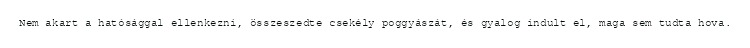
Nem akart a hatósággal ellenkezni, összeszedte csekély poggyászát, és gyalog indult el, maga sem tudta hova.